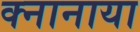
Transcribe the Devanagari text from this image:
क्नानाया